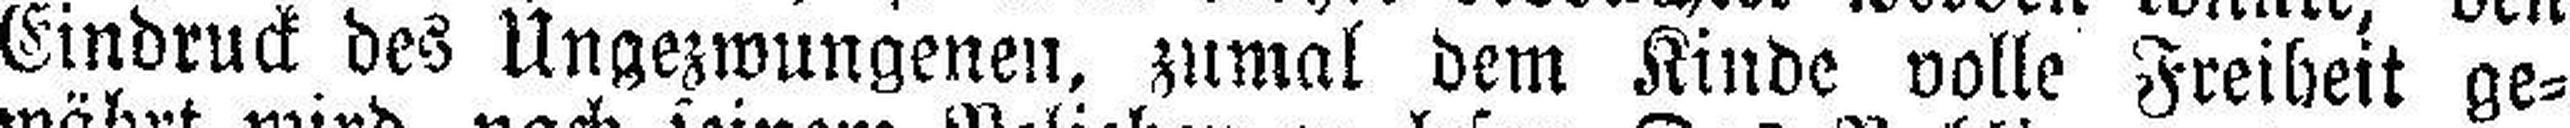
Eindruck des Ungezwungenen, zumal dem Kinde volle Freiheit ge¬